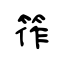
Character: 筰